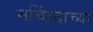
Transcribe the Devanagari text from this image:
मच्छिंद्राच्या